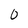
Character: 0